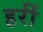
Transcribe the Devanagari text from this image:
हरीं